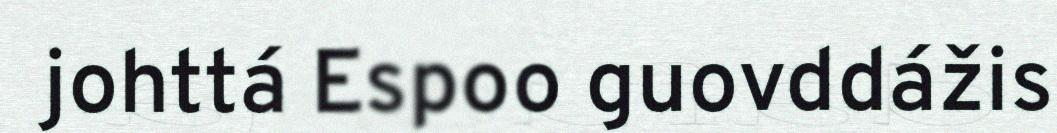
johttá Espoo guovddážis